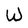
Character: W